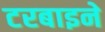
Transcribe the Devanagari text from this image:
टरबाइने